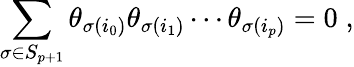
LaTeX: \sum_{\sigma\in S_{p+1}}\theta_{\sigma(i_{0})}\theta_{\sigma(i_{1})}\cdots\theta_{\sigma(i_{p})}=0\; ,